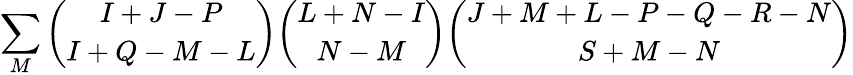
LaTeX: \sum_{M}{\binom{I+J-P}{I+Q-M-L}}{\binom{L+N-I}{N-M}}{\binom{J+M+L-P-Q-R-N}{S+M-N}}